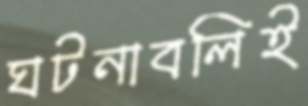
ঘটনাবলিই